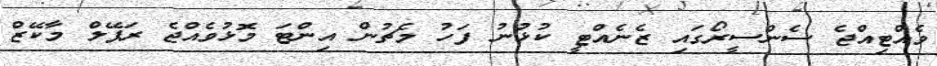
ވެއްޓިއްޖެ ސެންސީރޯގައި ޒެނެއްޓީ ކުޅުނު ފަހު މެޗުން އިންޓަ މޮޅުވެއްޖެ ރަފޭލް މާކޭޒް